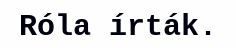
Róla írták.